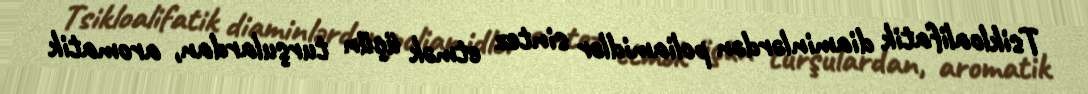
Tsikloalifatik diaminlərdən poliamidlər sintez etmək üçün turşulardan, aromatik